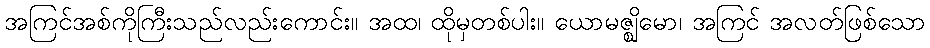
အကြင်အစ်ကိုကြီးသည်လည်းကောင်း။ အထ၊ ထိုမှတစ်ပါး။ ယောမဇ္ဈိမော၊ အကြင် အလတ်ဖြစ်သော